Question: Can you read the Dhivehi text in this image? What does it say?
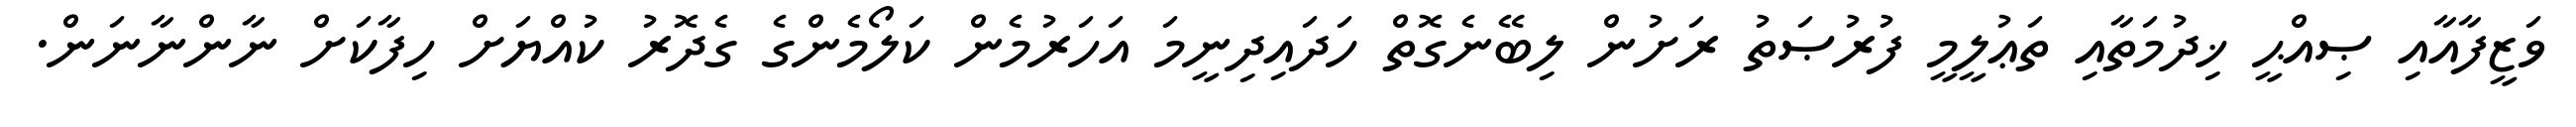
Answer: ވަޒީފާއާއި ޞިއްޙީ ޚިދުމަތާއި ތަޢުލީމީ ފުރުޞަތު ރަށުން ލިބޭނެގޮތް ހަދައިދިނީމަ އަހަރުމެން ކަލޯމެންގެ ގެދޮރު ކުއްޔަށް ހިފާކަށް ނާންނާނަން.